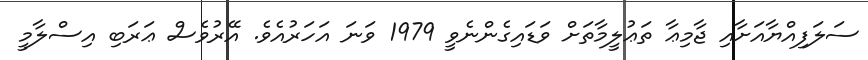
ސަލަފިއްޔާއަށާއި ޖާމިޢާ ތަޢުލީމާތަށް ވަޑައިގެންނެވީ 1979 ވަނަ އަހަރުއެވެ. އޭރުވެސް ޢަރަބި އިސްލާމީ